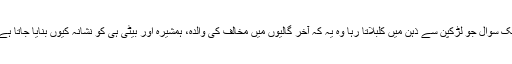
ایک سوال جو لڑکپن سے ذہن میں کلبلاتا رہا وہ یہ کہ آخر گالیوں میں مخالف کی والدہ، ہمشیرہ اور بیٹی ہی کو نشانہ کیوں بنایا جاتا ہے؟